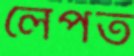
লেপত